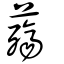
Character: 薚